Leaving Certificate Examination (including Day School Certificate (Higher) General paper), 1933
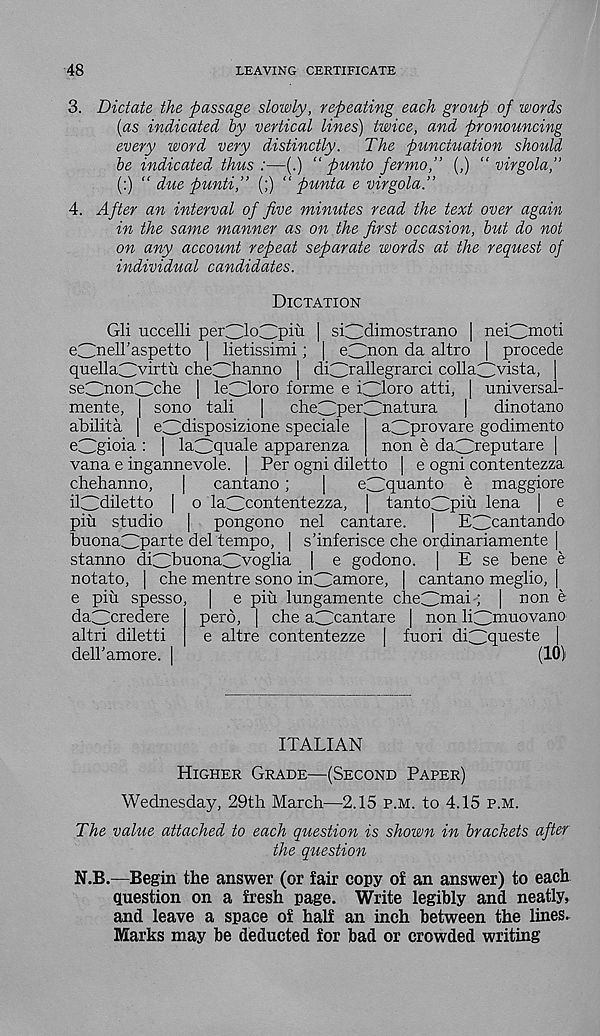
48
LEAVING CERTIFICATE
3. Dictate the passage slowly, repeating each group of words
(as indicated by vertical lines) twice, and pronouncing
every word very distinctly.
The punctuation should
be indicated thus :—(.) “ punto fermo,” (,) “ virgola,”
(:) “ due punti,” (;) “ punta e virgola.”
4. After an interval of five minutes read the text over again
in the same manner as on the first occasion, but do not
on any account repeat separate words at the request of
individual candidates.
Dictation
Gli uccelli perGG 0 3pui | siCrlimostrano | nei^moti
eOnell’aspetto | lietissimi; | e3 non da altro | precede
quellaG>drtu cheG^hanno | diCG ra llegrarci collaC>ista,
seC^nonOche [
forme e iCdoro atti, | universa-
mente, | sono tali
]
cheClperClnatura
|
dinotano
abilita | e^disposizione speciale
aClprovare godimento
ebbgioia : | lagGquale apparenza
non e daggreputare |
vana e ingannevole. | Per ogni diletto | e ogni contentezza
chehanno,
|
cantano;
|
egGq uan to e maggiore
ilCldiletto | o laClcontentezza, | tantoClpid f ena I e
pin studio
| pongono nel cantare.
|
E3 can f an d°
buonaCHP ar te del tempo, | s’inferisce che ordinariamente |
stanno di^lbuonadvoglia [ e godono. | E se bene e
notato, | che mentre sono in^amore,
cantano meglio, |
e pin spesso, | e piu lungamente cheClmai; | non e
da^credere
pero, | che aClcantare | non li3 muovan0
altri diletti
e altre contentezze | fuori diClquesf 0
dell'amore. |
(10)
ITALIAN
Higher Grade—(Second Paper)
Wednesday, 29th March—2.15 p.m. to 4.15 p.m.
The value attached to each question is shown in brackets after
the question
N.B.—Begin the answer (or fair copy of an answer) to each
question on a fresh page. Write legibly and neatly,
and leave a space of half an inch between the lines.
Marks may be deducted for bad or crowded writing